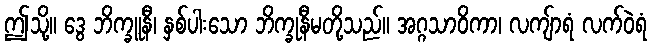
ဤသို့။ ဒွေ ဘိက္ခူနီ၊ နှစ်ပါးသော ဘိက္ခုနီမတို့သည်။ အဂ္ဂသာဝိကာ၊ လကျ်ာရံ လက်ဝဲရံ